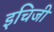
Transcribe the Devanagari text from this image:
इचिजी